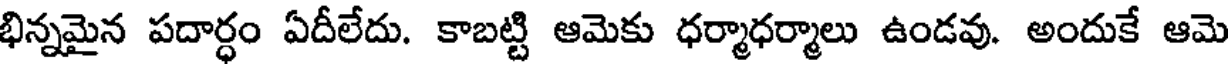
భిన్నమైన పదార్ధం ఏదీలేదు. కాబట్టి ఆమెకు ధర్మాధర్మాలు ఉండవు. అందుకే ఆమె